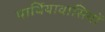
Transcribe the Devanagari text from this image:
पार्थियावासियों